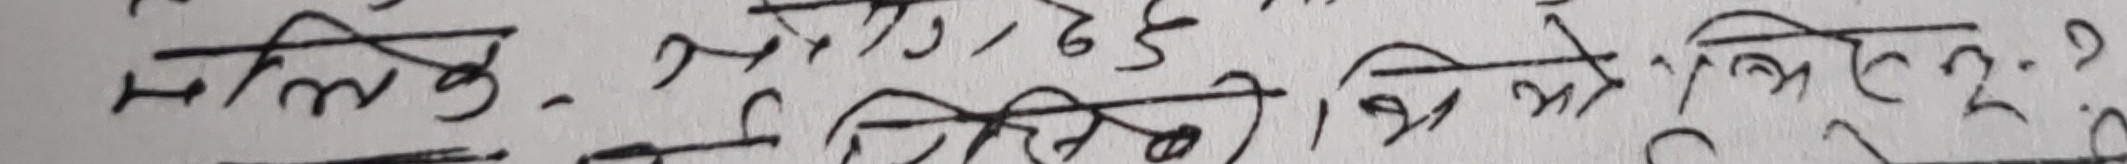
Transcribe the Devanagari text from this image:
मालिक – एक जोर-ले शिर उठाउँदै भन्यो ?
कस्तो आवाज, यो शिर उठाउँदै भन्यो ।